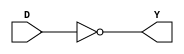
`timescale 1ns / 1ps
//////////////////////////////////////////////////////////////////////////////////
// Company: 
// Engineer: 
// 
// Design Name: 
// Module Name: nor11
// Project Name: 
// Target Devices: 
// Tool Versions: 
// Description: 
// 
// Dependencies: 
// 
// Revision:
// Revision 0.01 - File Created
// Additional Comments:
// 
//////////////////////////////////////////////////////////////////////////////////


module nor11(D, Y);//

    input D;
    output Y;

    wire D, T;
    assign Y = ~D;
endmodule